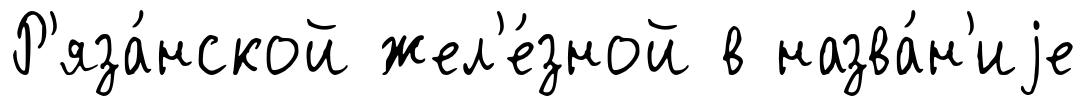
Р'яза́нской жел'е́зной в назва́н'иjе